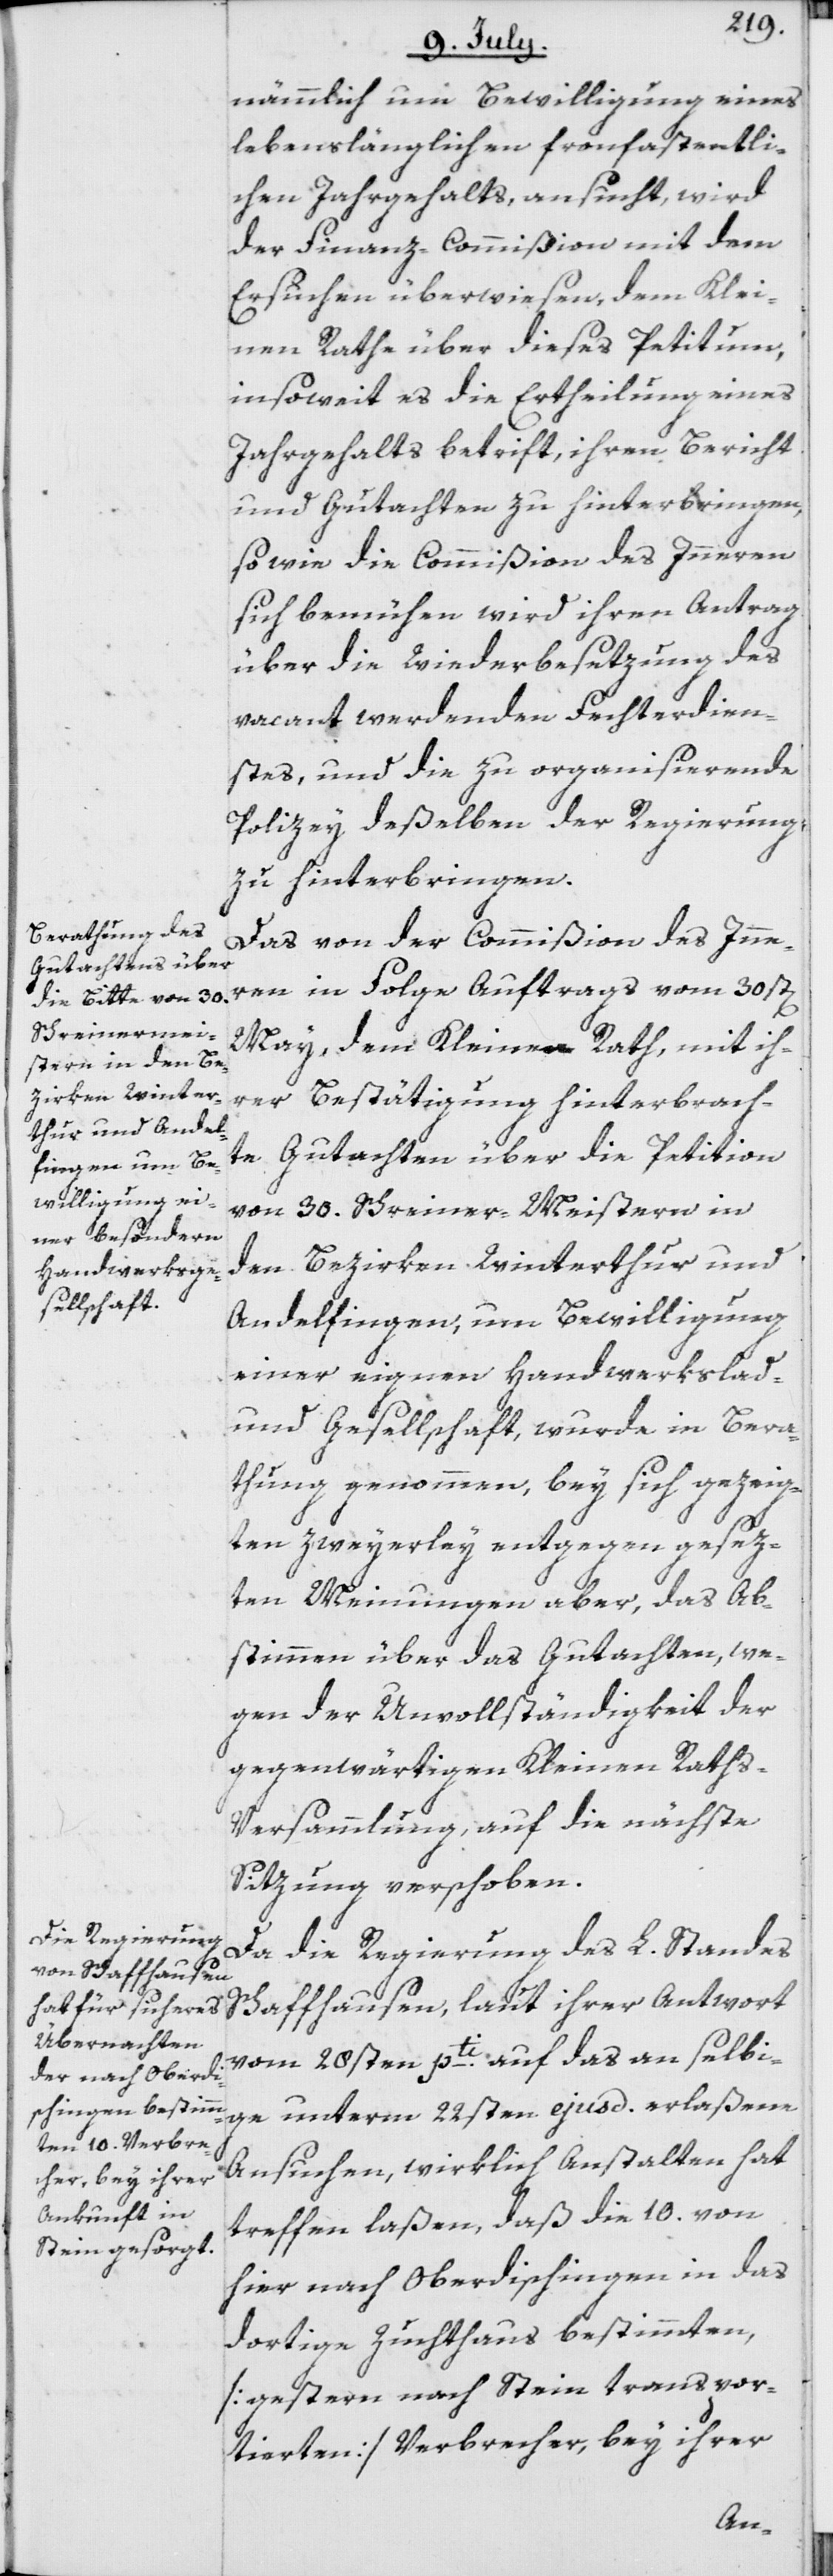
nämmlich um Bewilligung eines
lebenslänglichen fronfastentli¬
chen Jahrgehalts, ansucht, wird
der Finanz-Commißion mit dem
Ersuchen überwiesen, dem Klei¬
nen Rathe über dieses Petitum,
insoweit es die Ertheilung eines
Jahrgehalts betrift, ihren Bericht
und Gutachten zu hinterbringen,
sowie die Commißion des Inneren
sich bemühen wird, ihren Antrag
über die Wiederbesetzung des
vacant werdenden Fechterdien¬
stes, und die zu organisierende
Polizey deßelben der Regierung
zu hinterbringen.
Das von der Commißion des Inne¬
ren in Folge Auftrags vom 30st[en]
May, dem Kleinen Rath, mit ih¬
rer Bestätigung hinterbrach¬
te Gutachten über die Petiton
von 30. Schreiner-Meistern in
den Bezirken Winterthur und
Andelfingen, um Bewilligung
einer eignen Handwerkslad-
und Gesellschaft, wurde in Bera¬
thung genommen, bey sich gezeig¬
ten zweyerley entgegen gesez¬
ten Meinungen aber, das Ab¬
stimmen über das Gutachten, we¬
gen der Unvollständigkeit der
gegenwärtigen Kleinen Rath¬
s-Versammlung, auf die nächste
Sitzung verschoben.
Da die Regierung des L. Standes
Schaffhausen, laut ihrer Antwort
vom 28sten pti. auf das an selbi¬
ge unterm 22sten ejusd. erlaßene
Ansuchen, wirklich Anstalten hat
treffen laßen, daß die 10. von
hier nach Oberdischingen in das
dortige Zuchthaus bestimmten,
[gestern nach Stein transpor¬
tierten] Verbrecher, bey ihrer